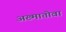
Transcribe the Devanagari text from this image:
अख्मातोवा